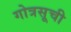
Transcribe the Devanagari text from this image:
गोत्रसूची